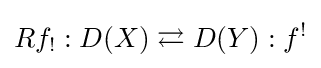
Rf_{!}:D(X)\rightleftarrows D(Y):f^{!}